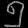
Digit: ၅